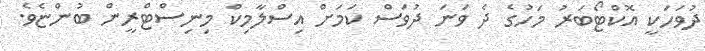
ދުވަހަކީ އޮކްޓޯބަރު މަހުގެ ދެ ވަނަ ދުވަސް ކަމަށް އިސްލާމިކް މިނިސްޓްރީން ބުންޏެވެ.